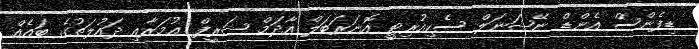
ޑިފެންސް އެންޑް ނޭޝަނަލް ސެކިއުރިޓީ އޮނަރަބަލް އާދަމް ޝަރީފް ޢުމަރާއި ދައުލަތުގެ ބައެއް